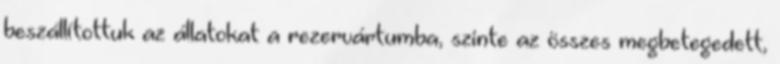
beszállítottuk az állatokat a rezervártumba, szinte az összes megbetegedett,